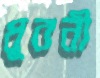
ধুবনী